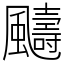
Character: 䬞